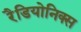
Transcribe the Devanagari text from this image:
रैडियोनिक्स